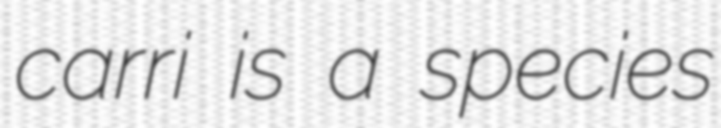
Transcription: carri is a species